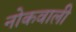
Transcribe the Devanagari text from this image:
नोकवाली